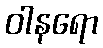
ဝါနရော